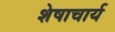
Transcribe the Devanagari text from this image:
शेषाचार्य